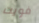
فويت